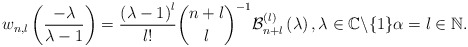
\begin{align*}w_{n,l}\left( \frac{-\lambda}{\lambda-1}\right) =\frac{\left(\lambda-1\right) ^{l}}{l!}\binom{n+l}{l}^{-1}\mathcal{B}_{n+l}^{\left(l\right) }\left( \lambda\right) ,\lambda\in\mathbb{C}\backslash\{1\}\alpha=l\in\mathbb{N}. \end{align*}